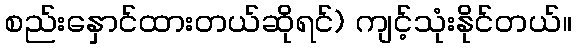
စည်းနှောင်ထားတယ်ဆိုရင်) ကျင့်သုံးနိုင်တယ်။